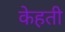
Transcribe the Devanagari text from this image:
केहती